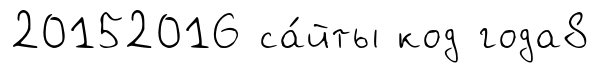
20152016 са́йты код года8